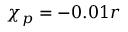
{ \chi _ { p } = - 0 . 0 1 r }